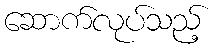
ဆောက်လုပ်သည့်